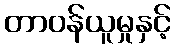
တာဝန်ယူမှုနှင့်